Lock hospitals Punjab
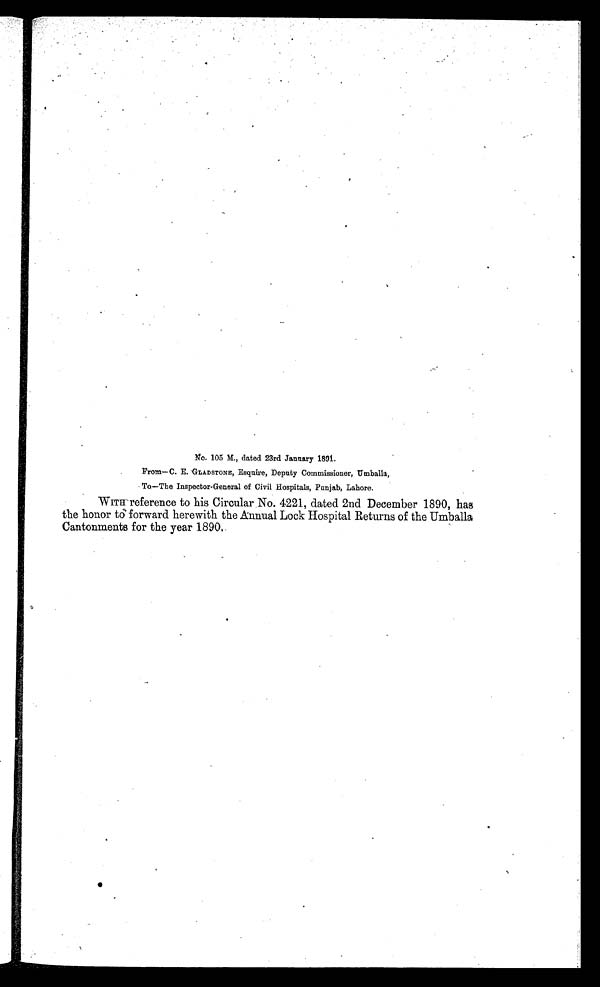
No. 105 M., dated 23rd January 1891.
From—C. E. GLADSTONE, Esquire, Deputy Commissioner, Umballa,
To—The Inspector-General of Civil Hospitals, Punjab, Lahore.
WITH reference to his Circular No. 4221, dated 2nd December 1890, has
the honor to forward herewith the Annual Lock Hospital Returns of the Umballa
Cantonments for the year 1890.